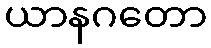
ယာနဂတော